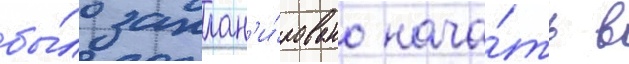
бы́ло заплан'и́ровано нача́ть в